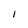
Character: I